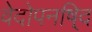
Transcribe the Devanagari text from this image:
वेदोपनषि्द